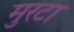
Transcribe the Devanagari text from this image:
मुरटा